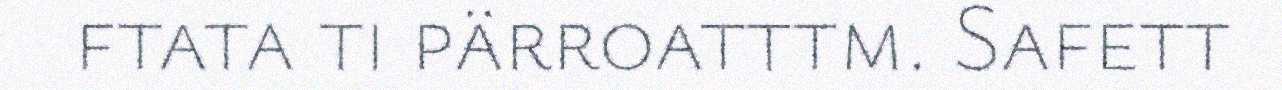
ftata ti pärroatttm. Safett